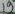
Text: 28